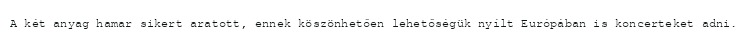
A két anyag hamar sikert aratott, ennek köszönhetően lehetőségük nyílt Európában is koncerteket adni.